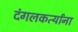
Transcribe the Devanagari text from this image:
दंगलकर्त्यांना